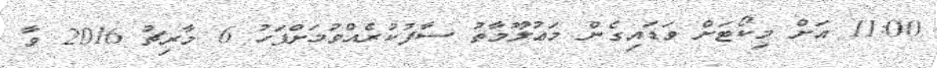
11:00 އަށް މިކޯޓަށް ވަޑައިގެން މަޢުލޫމާތު ސާފުކުރެއްވުމަށްފަހު 6 މާރިޗު 2016 ވާ